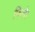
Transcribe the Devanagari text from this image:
फिरो।